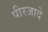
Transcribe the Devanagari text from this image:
पीरजादे